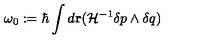
\omega _ { 0 } : = \hbar \int d { \bf r } ( { \cal H } ^ { - 1 } \delta p \wedge \delta q )